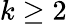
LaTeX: k\ge 2